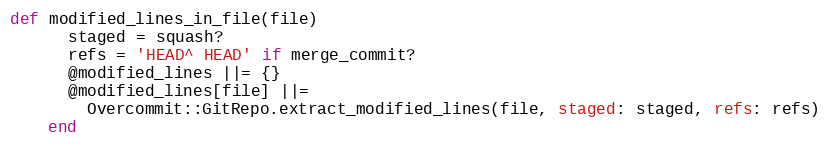
Language: Ruby
def modified_lines_in_file(file)
      staged = squash?
      refs = 'HEAD^ HEAD' if merge_commit?
      @modified_lines ||= {}
      @modified_lines[file] ||=
        Overcommit::GitRepo.extract_modified_lines(file, staged: staged, refs: refs)
    end